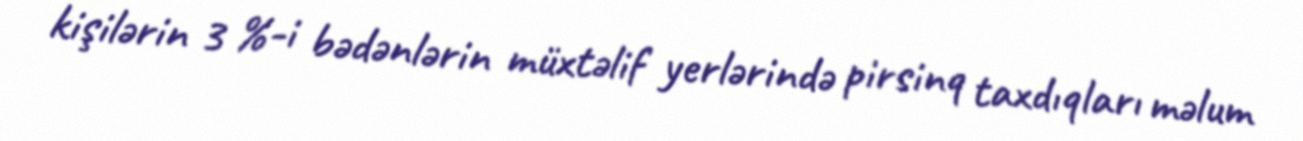
kişilərin 3 %-i bədənlərin müxtəlif yerlərində pirsinq taxdıqları məlum